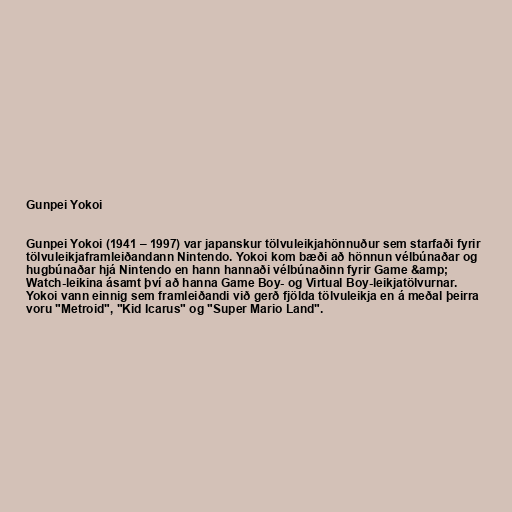
Gunpei Yokoi

Gunpei Yokoi (1941 – 1997) var japanskur tölvuleikjahönnuður sem starfaði fyrir
tölvuleikjaframleiðandann Nintendo. Yokoi kom bæði að hönnun vélbúnaðar og
hugbúnaðar hjá Nintendo en hann hannaði vélbúnaðinn fyrir Game &amp;
Watch-leikina ásamt því að hanna Game Boy- og Virtual Boy-leikjatölvurnar.
Yokoi vann einnig sem framleiðandi við gerð fjölda tölvuleikja en á meðal þeirra
voru "Metroid", "Kid Icarus" og "Super Mario Land".